65_HS1-834228961_62-HQ-83894_Section_10
Agency: FBI
Page 161
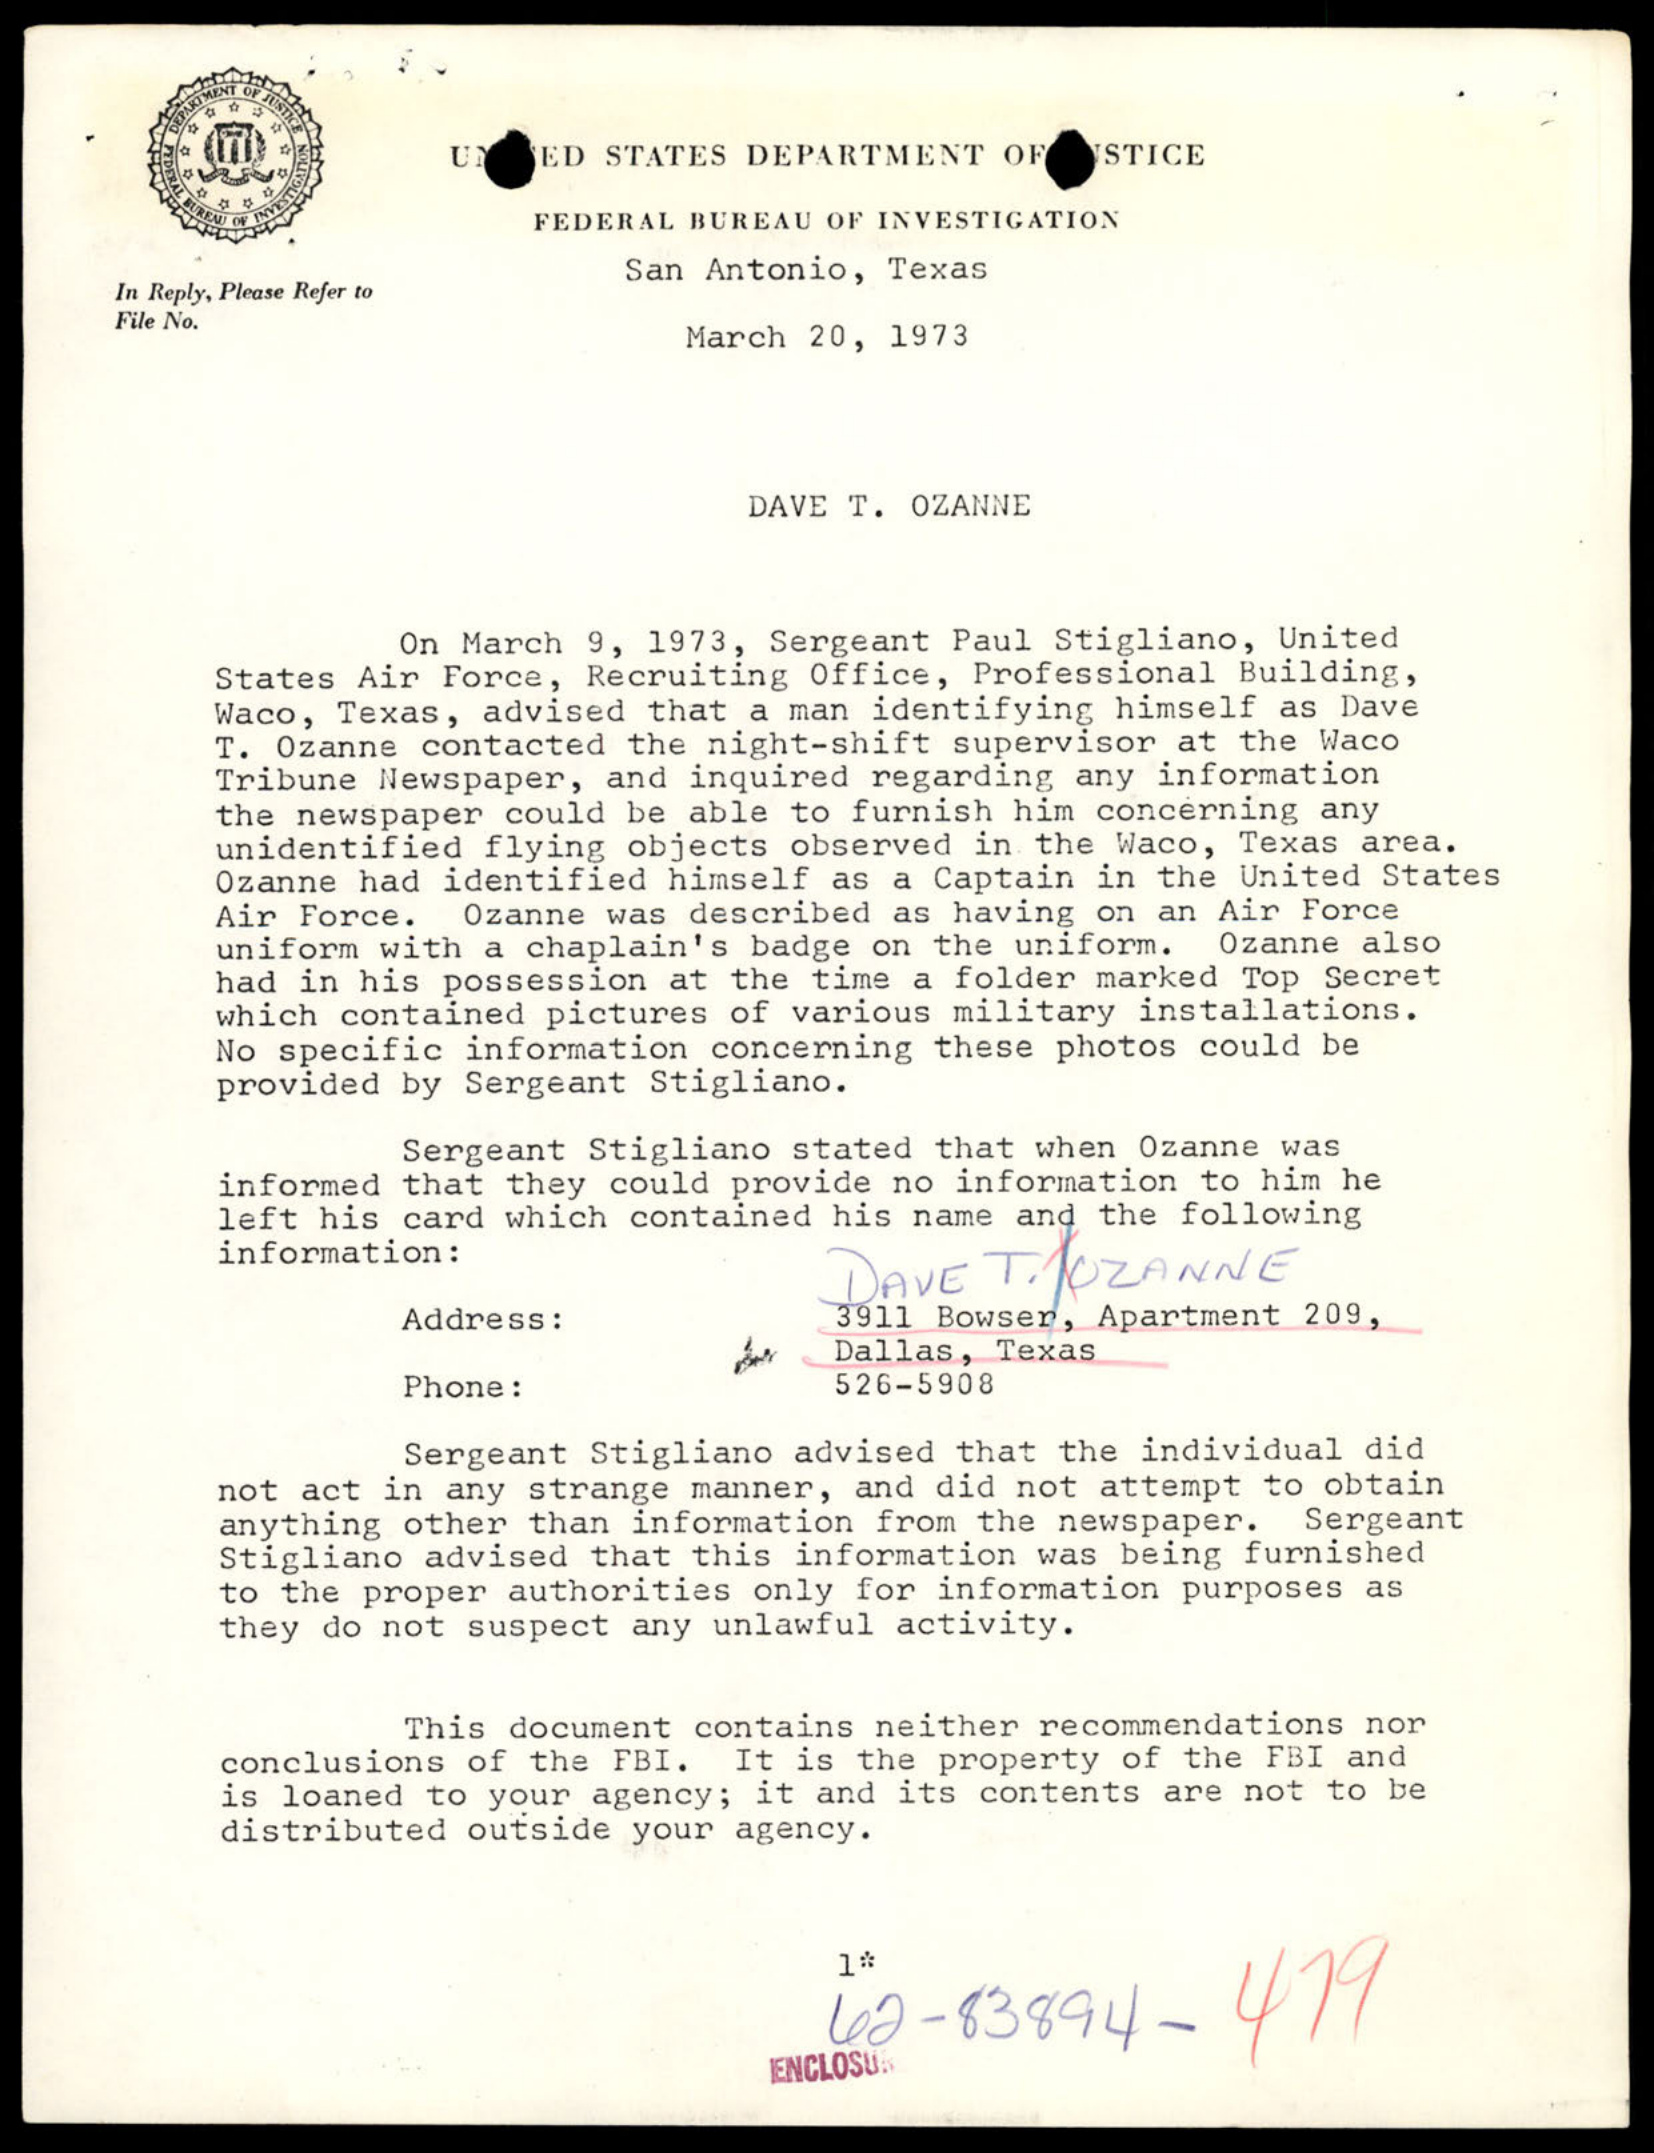